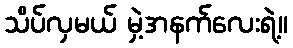
သိပ်လှမယ် မှဲ့အနက်လေးရဲ့။